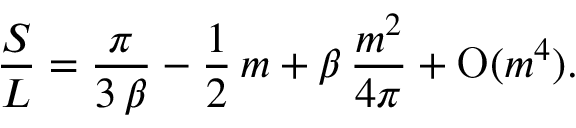
{ \frac { S } { L } } = { \frac { \pi } { 3 \, \beta } } - { \frac { 1 } { 2 } } \, m + \beta \, { \frac { m ^ { 2 } } { 4 \pi } } + \mathrm { O } ( m ^ { 4 } ) .